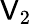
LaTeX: \mathsf{V}_{2}